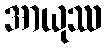
အာယုဿ